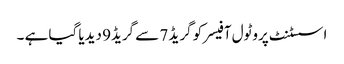
اسسٹنٹ پروٹول آفیسرکو گریڈ 7 سے گریڈ9 دیدیا گیا ہے ۔